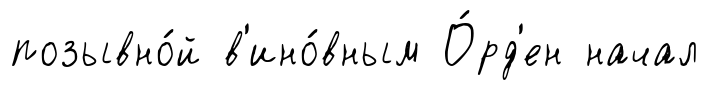
позывно́й в'ино́вным О́рд'ен начал